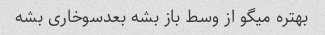
بهتره میگو از وسط باز بشه بعدسوخاری بشه